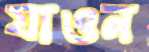
যাওন